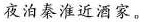
夜泊秦淮近酒家。